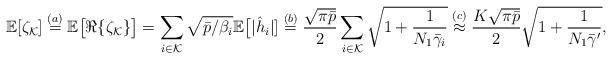
LaTeX: \begin{align*}\mathbb{E}[\zeta_\mathcal{K}]&\stackrel{(a)}{=}\mathbb{E}\big[\Re\{\zeta_\mathcal{K}\}\big]=\sum_{i\in\mathcal{K}}\sqrt{\bar{p}/\beta_i}\mathbb{E}\big[|\hat{h}_i|]\stackrel{(b)}{=}\frac{\sqrt{\pi\bar{p}}}{2}\sum_{i\in\mathcal{K}}\sqrt{1+\frac{1}{N_1\bar{\gamma}_i}}\stackrel{(c)}{\approx} \frac{K\sqrt{\pi\bar{p}}}{2}\sqrt{1+\frac{1}{ N_1\bar{\gamma}'}},\end{align*}